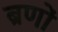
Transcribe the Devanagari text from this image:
ब्रणों